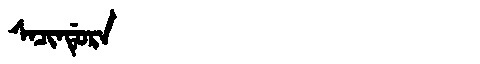
Manchu: ᠰᠠᠴᡳᠨᡩᡠᡵᠠ
Romanization: SACINDURA